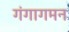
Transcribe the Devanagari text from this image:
गंगागमन